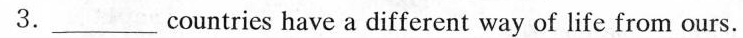
3._countries have a different way of life from ours.